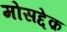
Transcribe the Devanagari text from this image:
मोसद्देक़